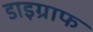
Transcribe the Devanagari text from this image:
डाइग्राफ